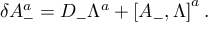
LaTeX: \delta A _ { - } ^ { a } = D _ { - } \Lambda ^ { a } + \left[ A _ { - } , \Lambda \right] ^ { a } .